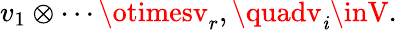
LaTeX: v_{1}\otimes\cdots\otimesv_{r},\quadv_{\mathit{i}}\inV.